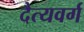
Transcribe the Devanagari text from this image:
दैत्यवर्ग